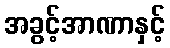
အခွင့်အာဏာနှင့်